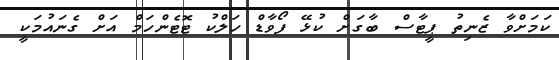
ކަމަށްވާ ޒެނިތު ޕީޓާސް ބާގަށް ކުޅޭ ފޯވާޑް ހަލްކު ޓޮޓެންހަމް އަށް ގެނައުމަކީ